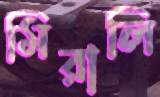
মিরালি